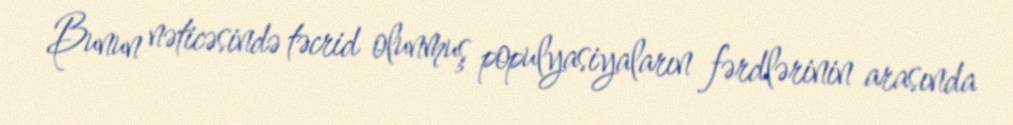
Bunun nəticəsində təcrid olunmuş populyasiyaların fərdlərinin arasında